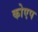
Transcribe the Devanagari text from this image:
कोएप